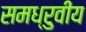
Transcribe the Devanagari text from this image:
समध्रुवीय